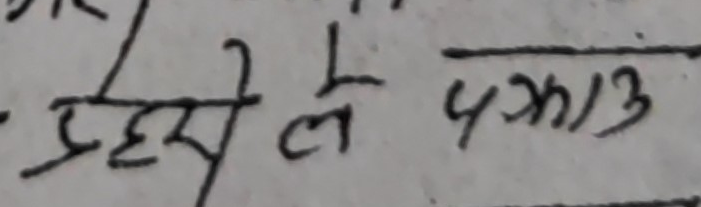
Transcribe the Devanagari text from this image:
प्रहसे ले पका३